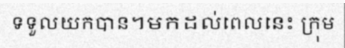
ទទួលយកបាន។មកដល់ពេលនេះ ក្រុម